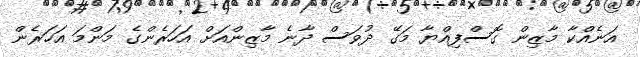
އަނެއްކާ މާޒިން ގޮސްފިއްޔާ މަގޭ ދުވަސް ދާނެ މާޒިންއަށް އަހަރެންގެ މަންމަ އަހަރެން